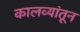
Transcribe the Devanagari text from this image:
कालव्यांतून